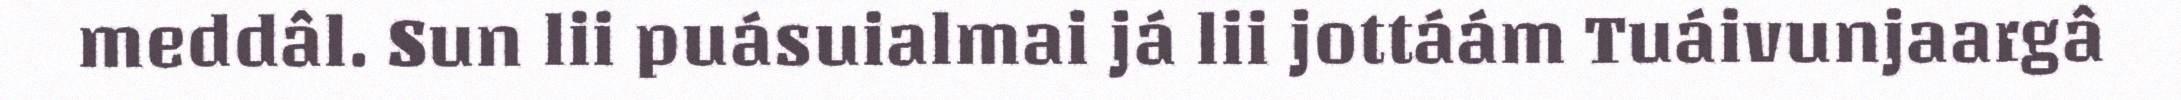
meddâl. Sun lii puásuialmai já lii jottáám Tuáivunjaargâ